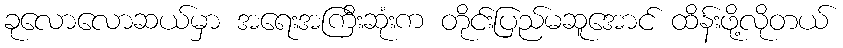
ခုလောလောဆယ်မှာ အရေးအကြီးဆုံးက တိုင်းပြည်မဆူအောင် ထိန်းဖို့လိုတယ်